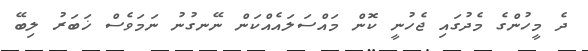
ދެ މީހުންގެ މެދުގައި ޖެހުނީ ކޮން މައްސަލައެއްކަން ނޭނގުނު ނަމަވެސް ޚަބަރު ލިބޭ